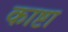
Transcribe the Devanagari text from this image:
काष्टा